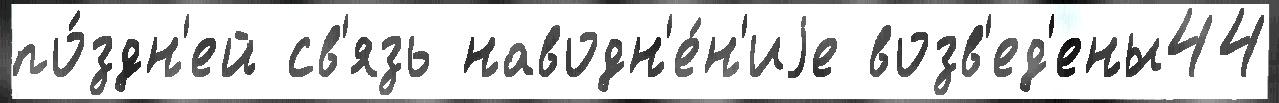
по́здн'ей св'язь наводн'е́н'иjе возв'ед'ены44